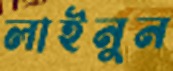
লাইনুন